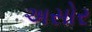
અસોર